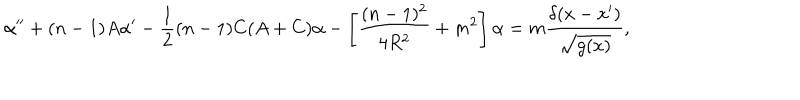
LaTeX: \alpha ^ { \prime \prime } + ( n - 1 ) A \alpha ^ { \prime } - \frac 1 2 ( n - 1 ) C ( A + C ) \alpha - \left[ \frac { ( n - 1 ) ^ { 2 } } { 4 R ^ { 2 } } + m ^ { 2 } \right] \alpha = m \frac { \delta ( x - x ^ { \prime } ) } { \sqrt { g ( x ) } } ,